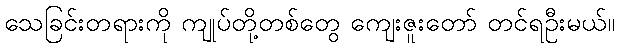
သေခြင်းတရားကို ကျုပ်တို့တစ်တွေ ကျေးဇူးတော် တင်ရဦးမယ်။